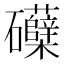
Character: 𮁛